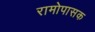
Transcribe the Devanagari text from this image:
रामोपासक